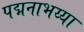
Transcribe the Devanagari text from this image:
पद्मनाभय्या